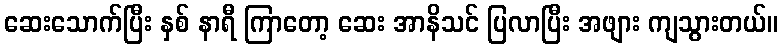
ဆေးသောက်ပြီး နှစ် နာရီ ကြာတော့ ဆေး အာနိသင် ပြလာပြီး အဖျား ကျသွားတယ်။